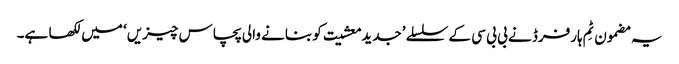
یہ مضمون ٹِم ہارفرڈ نے بی بی سی کے سلسلے ’جدید معشیت کو بنانے والی پچاس چیزیں‘ میں لکھا ہے۔